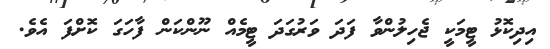
އިދިކޮޅު ޓީމަކީ ޖެހިލުންވާ ފަދަ ވަރުގަދަ ޓީމެއް ނޫންކަން ފާހަގަ ކޮށްފަ އެވެ.